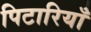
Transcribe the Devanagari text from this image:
पिटारियाँ